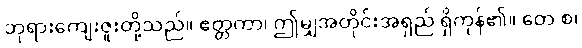
ဘုရားကျေးဇူးတို့သည်။ ဧတ္တကာ၊ ဤမျှအတိုင်းအရှည် ရှိကုန်၏။ တေ စ၊